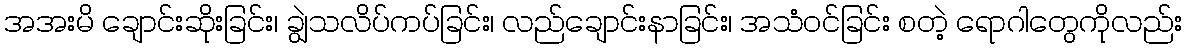
အအးမိ ချောင်းဆိုးခြင်း၊ ချွဲသလိပ်ကပ်ခြင်း၊ လည်ချောင်းနာခြင်း၊ အသံဝင်ခြင်း စတဲ့ ရောဂါတွေကိုလည်း